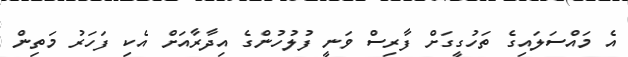
އެ މައްސަލައިގެ ތަހުގީގަށް ފާރިސް ވަނީ ފުލުހުންގެ އިދާރާއަށް އެކި ފަހަރު މަތިން